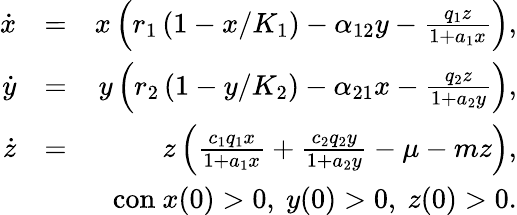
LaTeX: \begin{array}{rlr}{\dot{x}}&{=}&{x\left(r_{1}\left(1-x/K_{1}\right)-\alpha_{12}y-\frac{q_{1}z}{1+a_{1}x}\right),}\\ {\dot{y}}&{=}&{y\left(r_{2}\left(1-y/K_{2}\right)-\alpha_{21}x-\frac{q_{2}z}{1+a_{2}y}\right),}\\ {\dot{z}}&{=}&{z\left(\frac{c_{1}q_{1}x}{1+a_{1}x}+\frac{c_{2}q_{2}y}{1+a_{2}y}-\mu-mz\right),}\\ &{}&{\mathrm{con~}x(0)>0\mathrm{,~}y(0)>0\mathrm{,~}z(0)>0.}\end{array}